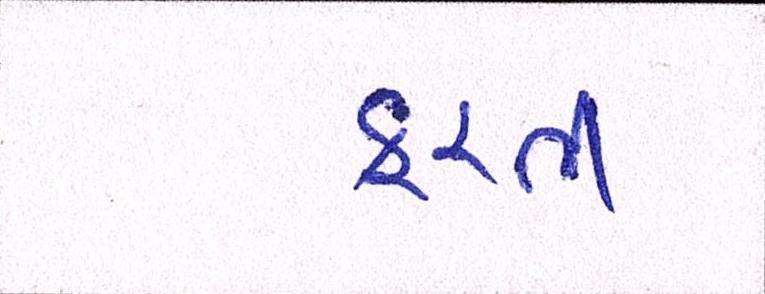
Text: ફરતી